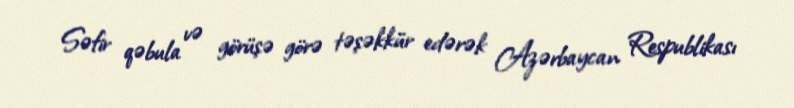
Səfir qəbula və görüşə görə təşəkkür edərək Azərbaycan Respublikası